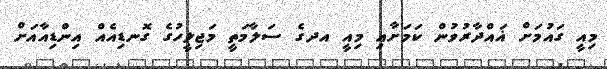
މިއީ ގައުމަށް ޣައްދާރުވުން ކަމަށާއި މިއީ އދގެ ސަލާމަތީ މަޖިލީހުގެ ގޮނޑިއެއް އިންޑިއާއަށް